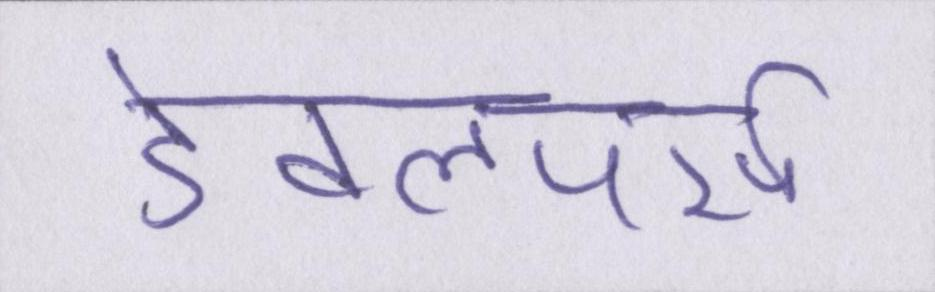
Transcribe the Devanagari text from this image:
डेवलपर्स